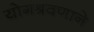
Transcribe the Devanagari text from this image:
योगश्रवणाने